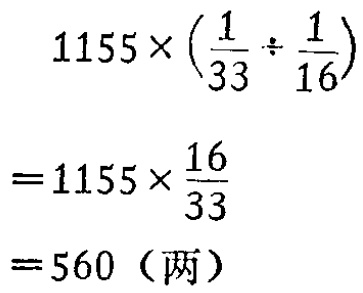
\[

\begin{align*}

&1155\times(\frac{1}{33}\div\frac{1}{16})\\

=&1155\times\frac{16}{33}\\

=&560（两）

\end{align*}

\]